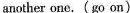
another one.(go on)